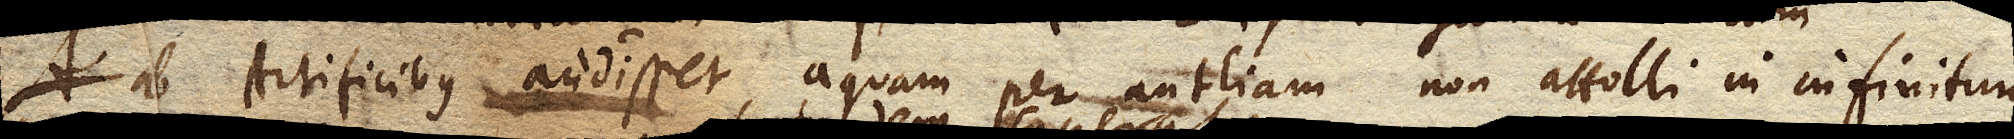
ab Artificibus audisset, aquam per antliam non attolli in infinitum,